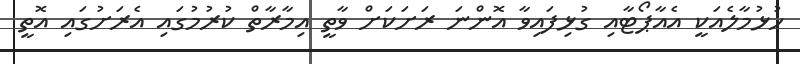
ހުޅުމާލެއަކީ އެއާޕޯޓާއި ގުޅިފައިވާ އޮންނަ ރަށަކަށް ވާތީ އިމާރާތް ކުރުމުގައި އެރަށުގައި އޮތީ